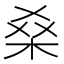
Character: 𮲱